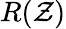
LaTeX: R(\mathcal{Z})